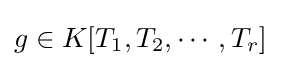
g\in K[T_{1},T_{2},\cdots ,T_{r}]